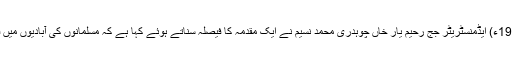
9فرور(1972ء) ایڈمنسٹریٹر جج رحیم یار خاں چوہدری محمد نسیم نے ایک مقدمہ کا فیصلہ سناتے ہوئے کہا ہے کہ مسلمانوں کی آبادیوں میں قادیانی اذان۔